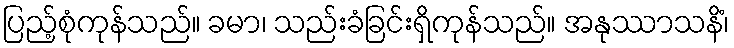
ပြည့်စုံကုန်သည်။ ခမာ၊ သည်းခံခြင်းရှိကုန်သည်။ အနုဿာသနိံ၊